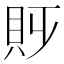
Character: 𧴷